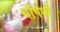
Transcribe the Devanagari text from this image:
थोंगछी